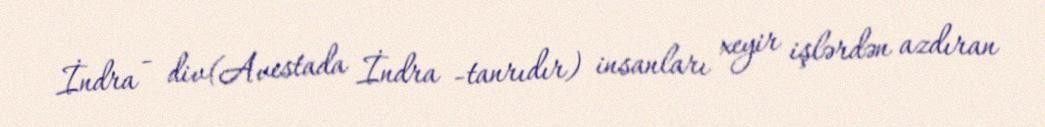
İndra - div(Avestada İndra -tanrıdır) insanları xeyir işlərdən azdıran